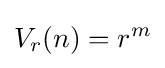
V_{r}(n)=r^{m}